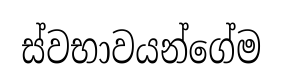
ස්වභාවයන්ගේම